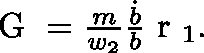
\begin{array} { r } { \textnormal { \boldmath G } = \frac { m } { w _ { 2 } } \frac { \dot { b } } { b } \textnormal { \boldmath r } _ { 1 } . } \end{array}